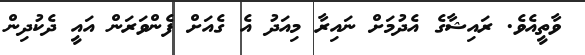
ވާތީއެވެ. ރައިޝާގެ އެދުމަށް ނައިރާ މިއަދު އެ ގެއަށް ފެންވަރަން އައީ ދެކުދިން